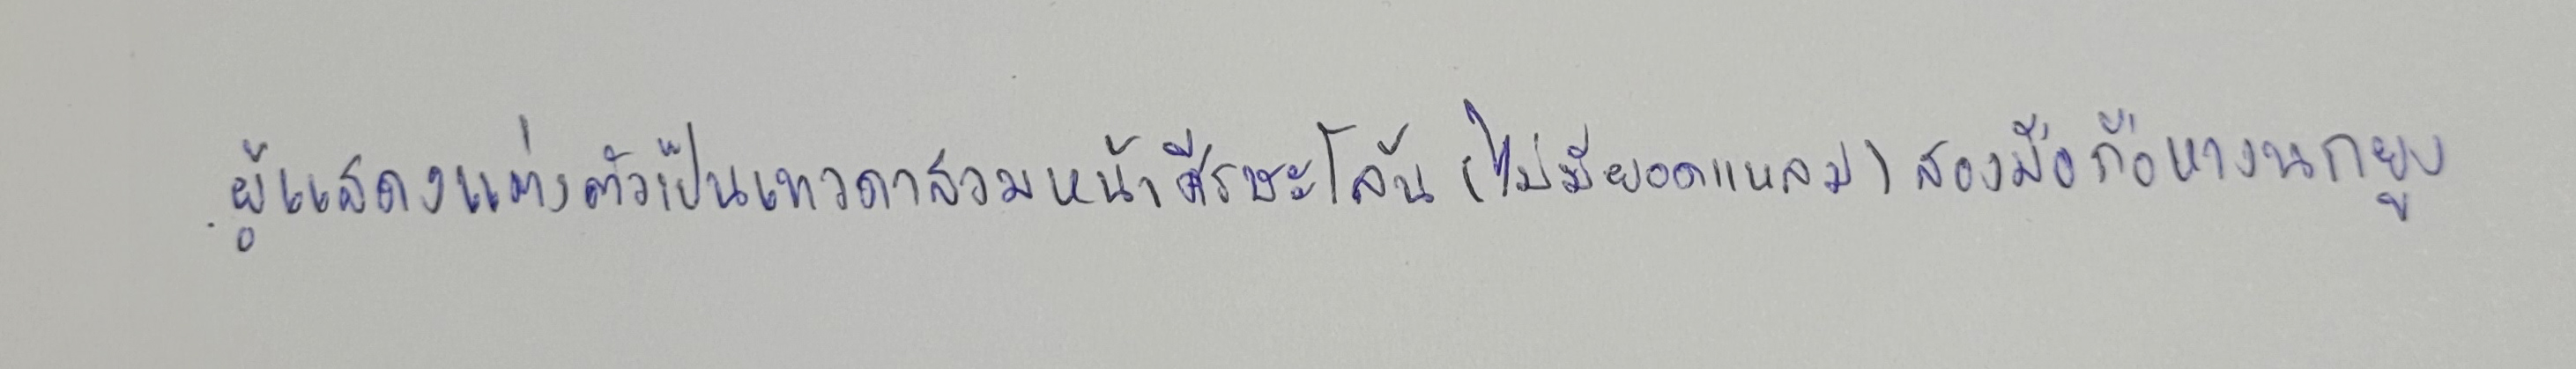
ผู้แสดงแต่งตัวเป็นเทวดาสวมหน้าศีรษะโล้น(ไม่มียอดแหลม)สองมือถือหางนกยูง